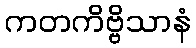
ကတကိဗ္ဗိသာနံ